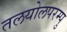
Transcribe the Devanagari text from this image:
तलयोलपरम्पु